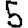
Digit: 5